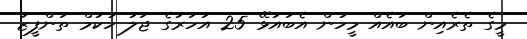
މީގެ ތެރެއިން ބައެއް މީހުން އެބައުޅޭ 25 އަހަރުގެ ޖަލު ހުކުމް ތަންފީޒު